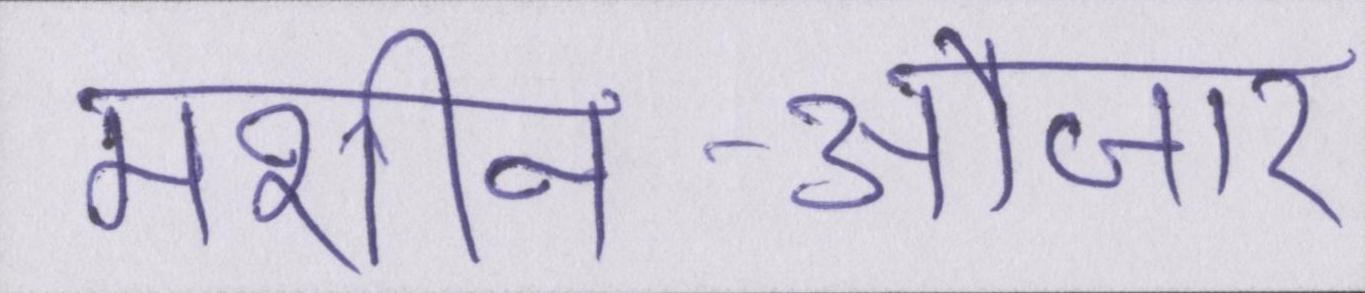
मशीन-औजार